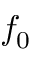
f _ { 0 }